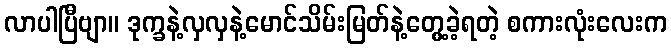
လာပါပြီဗျာ။ ဒုက္ခနဲ့လှလှနဲ့မောင်သိမ်းမြတ်နဲ့တွေ့ခဲ့ရတဲ့ စကားလုံးလေးက